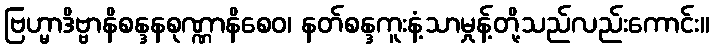
ဗြဟ္မာဒိဗ္ဗာနိစန္ဒနစုဏ္ဏာနိစေဝ၊ နတ်စန္ဒကူးနံ့သာမှုန့်တို့သည်လည်းကောင်း။